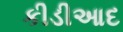
કીડીઆદ